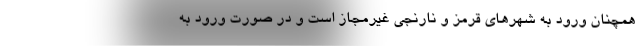
همچنان ورود به شهرهای قرمز و نارنجی غیرمجاز است و در صورت ورود به